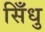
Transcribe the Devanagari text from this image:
सिँधु